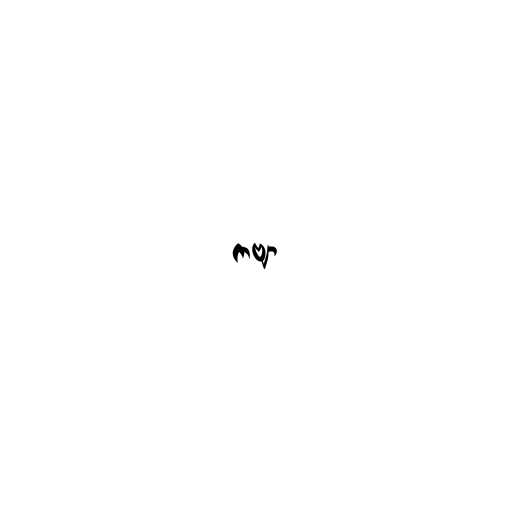
ကဗျာ